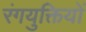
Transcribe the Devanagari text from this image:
रंगयुक्तियों